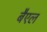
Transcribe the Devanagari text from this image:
बैएल